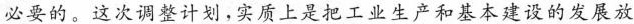
必要的。这次调整计划，实质上是把工业生产和基本建设的发展放